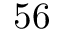
5 6